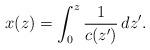
LaTeX: \begin{align*}x(z)=\int_{0}^z\frac{1}{c(z^\prime)}\,dz^\prime.\end{align*}